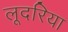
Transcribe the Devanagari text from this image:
लूदरिया